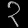
Digit: ၃